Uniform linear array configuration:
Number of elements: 48
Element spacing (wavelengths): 0.5
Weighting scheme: binomial
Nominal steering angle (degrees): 0
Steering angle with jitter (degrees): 1.528
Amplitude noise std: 0.05
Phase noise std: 0.05

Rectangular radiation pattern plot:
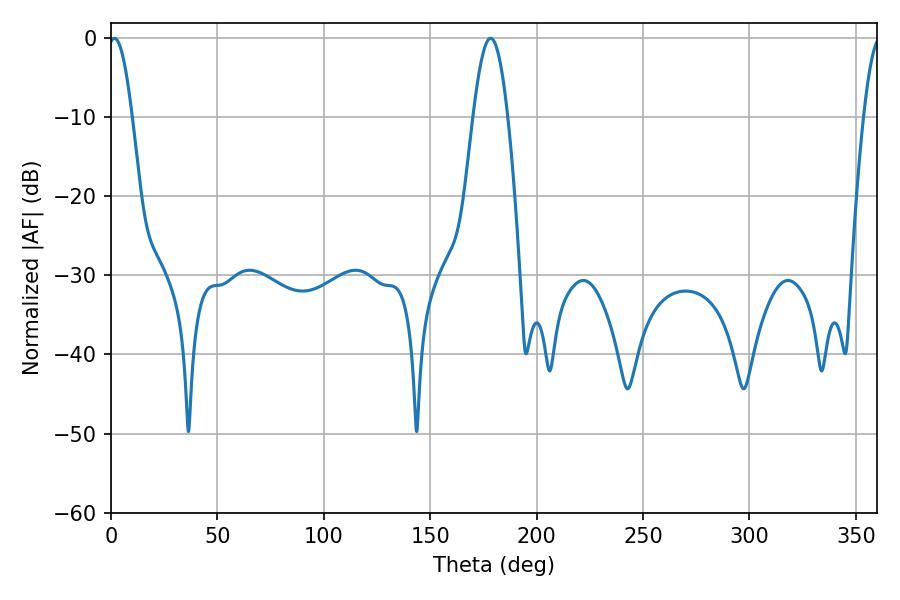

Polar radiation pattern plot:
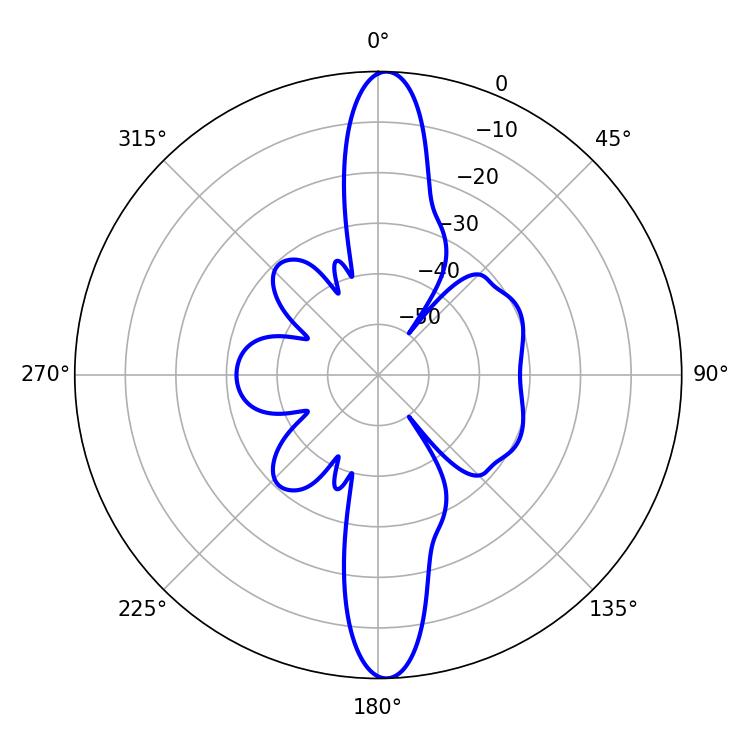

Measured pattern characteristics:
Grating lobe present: FALSE
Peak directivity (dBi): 22.568
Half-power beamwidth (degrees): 6.12
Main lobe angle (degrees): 1.62